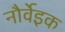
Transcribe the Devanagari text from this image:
नौर्वेइक